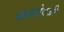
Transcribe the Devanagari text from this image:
बाराऐवजी